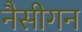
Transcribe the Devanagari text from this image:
नैसीगन